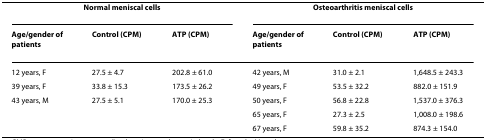
<table><thead><tr><td colspan="3"><b>Normal meniscal cells</b></td><td colspan="3"><b>Osteoarthritis meniscal cells</b></td></tr><tr><td><b>Age/gender of patients</b></td><td><b>Control (CPM)</b></td><td><b>ATP (CPM)</b></td><td><b>Age/gender of patients</b></td><td><b>Control (CPM)</b></td><td><b>ATP (CPM)</b></td></tr></thead><tbody><tr><td>12 years, F</td><td>27.5 ± 4.7</td><td>202.8 ± 61.0</td><td>42 years, M</td><td>31.0 ± 2.1</td><td>1,648.5 ± 243.3</td></tr><tr><td>39 years, F</td><td>33.8 ± 15.3</td><td>173.5 ± 26.2</td><td>49 years, F</td><td>53.5 ± 32.2</td><td>882.0 ± 151.9</td></tr><tr><td>43 years, M</td><td>27.5 ± 5.1</td><td>170.0 ± 25.3</td><td>50 years, F</td><td>56.8 ± 22.8</td><td>1,537.0 ± 376.3</td></tr><tr><td></td><td></td><td></td><td>65 years, F</td><td>27.3 ± 2.5</td><td>1,008.0 ± 198.6</td></tr><tr><td></td><td></td><td></td><td>67 years, F</td><td>59.8 ± 35.2</td><td>874.3 ± 154.0</td></tr></tbody></table>